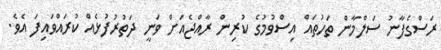
ރަސްގެފާނު ސަލްމާން ތަހުތައް އިސްވުމުގެ ކުރިން ރާއްޖެއަށް ވަނީ ދަތުރުފުޅެއް ކުރައްވައިފަ އެވެ.